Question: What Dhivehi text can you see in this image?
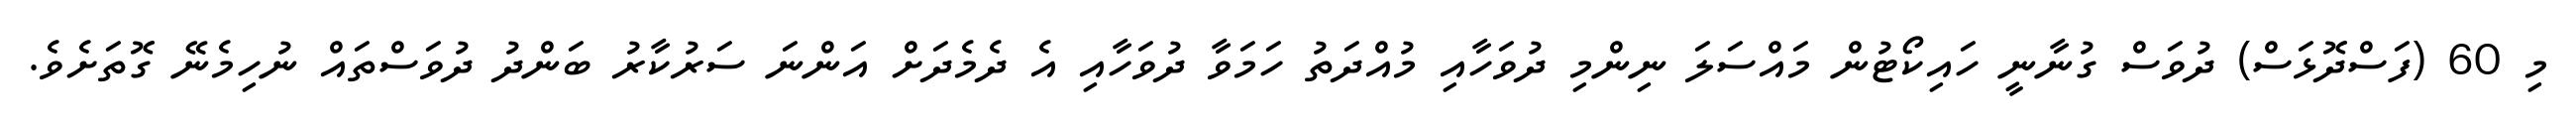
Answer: މި 60 (ފަސްދޮޅަސް) ދުވަސް ގުނާނީ ހައިކޯޓުން މައްސަލަ ނިންމި ދުވަހާއި މުއްދަތު ހަމަވާ ދުވަހާއި އެ ދެމެދަށް އަންނަ ސަރުކާރު ބަންދު ދުވަސްތައް ނުހިމެނޭ ގޮތަށެވެ.